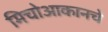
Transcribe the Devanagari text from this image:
मिचोआकानचे